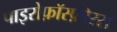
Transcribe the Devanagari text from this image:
पाइरोफ़ॉस्फ़ोरस